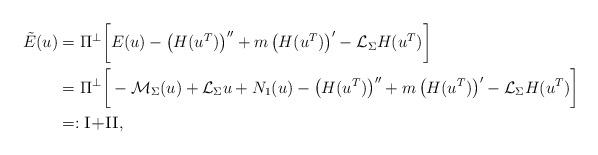
LaTeX: \begin{align*} \tilde{E}(u) & =\Pi ^\perp \bigg [ E(u)- \left( H(u^T)\right)'' +m\left( H(u^T)\right)' - \mathcal{L}_{\Sigma} H(u^T) \bigg] \\&= \Pi ^\perp \bigg [ -\mathcal{M}_{\Sigma} (u) +\mathcal{L}_{\Sigma} u +N_1(u) - \left( H(u^T)\right)'' +m\left( H(u^T)\right)' - \mathcal{L}_{\Sigma} H(u^T) \bigg]\\&=:\textsc{I+II} , \end{align*}